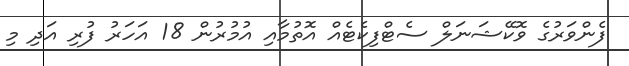
ފެންވަރުގެ ވޮކޭޝަނަލް ސެޓްފިކެޓެއް އޮތުމާއި އުމުރުން 18 އަހަރު ފުރި އަދި މި